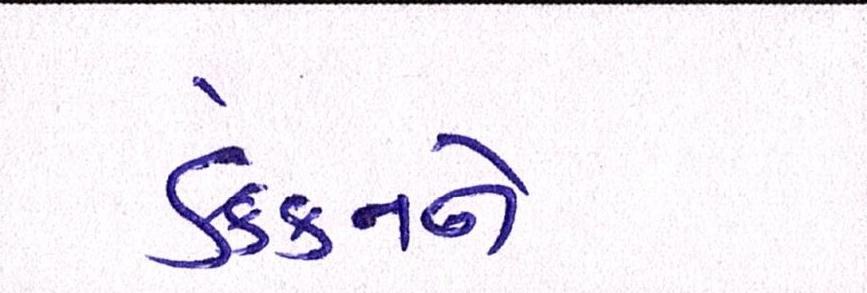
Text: ડેક્કનને